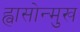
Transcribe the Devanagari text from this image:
ह्वासोन्मुख